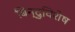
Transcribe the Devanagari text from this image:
बिन्दुविशेष